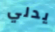
يدلي